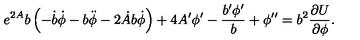
e ^ { 2 A } b \left( - \dot { b } \dot { \phi } - b \ddot { \phi } - 2 \dot { A } b \dot { \phi } \right) + 4 A ^ { \prime } \phi ^ { \prime } - \frac { b ^ { \prime } \phi ^ { \prime } } { b } + \phi ^ { \prime \prime } = b ^ { 2 } \frac { \partial U } { \partial \phi } .